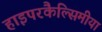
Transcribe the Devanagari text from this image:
हाइपरकैल्सिमीया